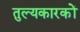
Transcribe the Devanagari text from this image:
तुल्यकारकों